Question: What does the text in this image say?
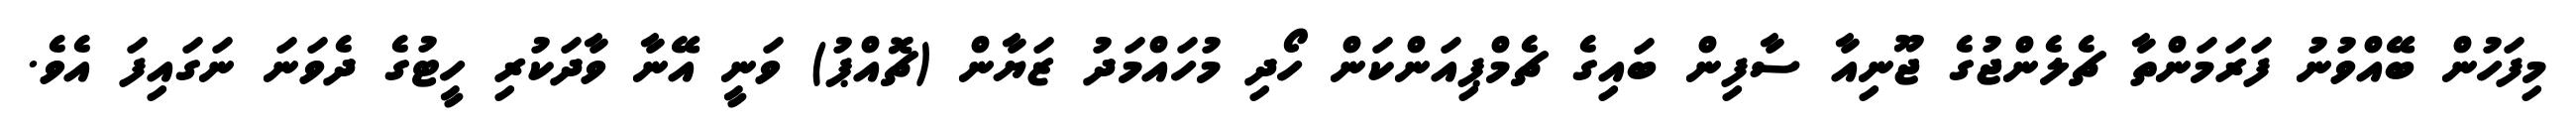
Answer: މިފަހުން ބޭއްވުނު ފަރަމަންތާ ޗެލެންޖުގެ ޖޫނިއާ ސާފިން ބައިގެ ޗެމްޕިއަންކަން ހޯދި މުހައްމަދު ޒަޔާން (ޗޮއްޕު) ވަނީ އޭނާ ވާދަކުރި ހީޓުގެ ދެވަނަ ނަގައިފަ އެވެ.